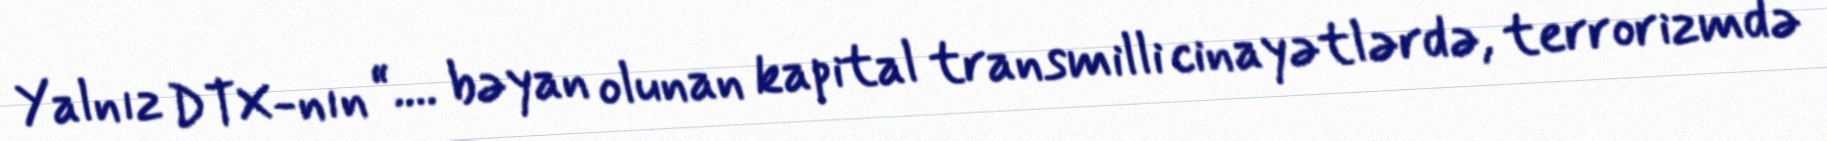
Yalnız DTX-nın “.... bəyan olunan kapital transmilli cinayətlərdə, terrorizmdə